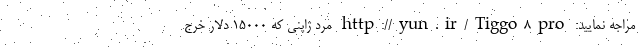
مراجه نمایید: http://yun.ir/Tiggo8pro مرد ژاپنی که 15000 دلار خرج